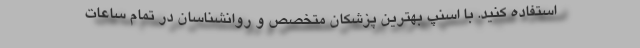
استفاده کنید. با اسنپ بهترین پزشکان متخصص و روانشناسان در تمام ساعات